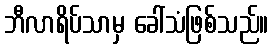
ဘီလာရိပ်သာမှ ခေါ်သံဖြစ်သည်။